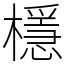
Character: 檼